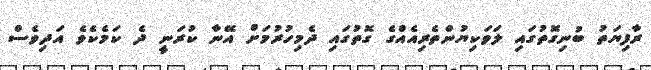
ރާފިޔަތު ބުނިގޮތުގައި ލަވަކިޔުންތެރިއެއްގެ ގޮތުގައި ދެމިހުރުމަށް އޭނާ ކުރަނީ ދެ ކަމެކެވެ އަދިވެސް